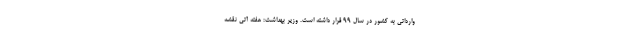
وارداتی به کشور در سال 99 قرار داشته است. وزیر بهداشت: هفته آتی نقشه